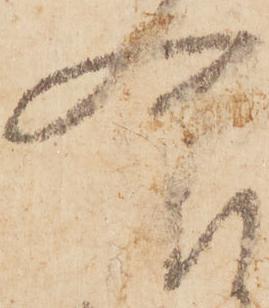
食